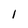
Character: 1